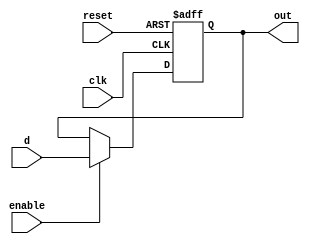
`timescale 1ns / 1ps
//////////////////////////////////////////////////////////////////////////////////
// Company: 
// Engineer: 
// 
// Design Name: 
// Module Name: d_flipflop
// Project Name: 
// Target Devices: 
// Tool Versions: 
// Description: 
// 
// Dependencies: 
// 
// Revision:
// Revision 0.01 - File Created
// Additional Comments:
// 
//////////////////////////////////////////////////////////////////////////////////


module d_flipflop(d, clk, enable, reset, out);
  input d, clk, enable, reset;
  output out;

  reg out;

  always @ (posedge clk or posedge reset) begin
    if (reset)
      out = 0;
    else
      if (enable)
        out = d;
  end
endmodule